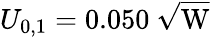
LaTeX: U_{0,1}=0.050~\mathrm{\sqrt{W}}